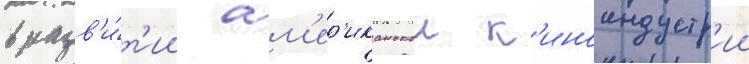
в разв'и́т'ии ам'ер'иканскои к'иноиндустр'ии